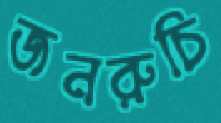
জনরুচি